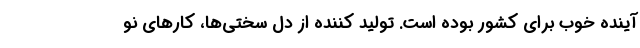
آینده خوب برای کشور بوده است. تولید کننده از دل سختی‌ها، کارهای نو